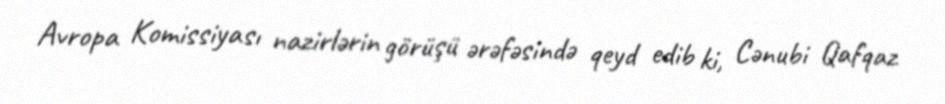
Avropa Komissiyası nazirlərin görüşü ərəfəsində qeyd edib ki, Cənubi Qafqaz